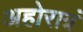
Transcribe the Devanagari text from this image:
अहोरात्रं